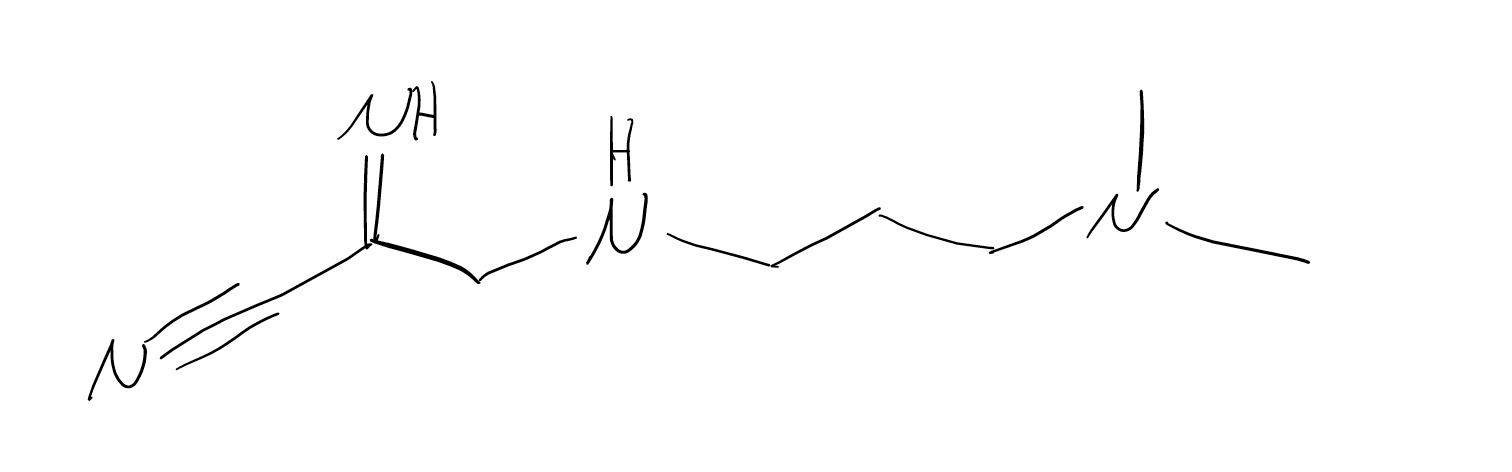
Simplified molecular-input line-entry system (SMILES) notation of the given molecule:
CN(C)CCCNCC(=N)C#N